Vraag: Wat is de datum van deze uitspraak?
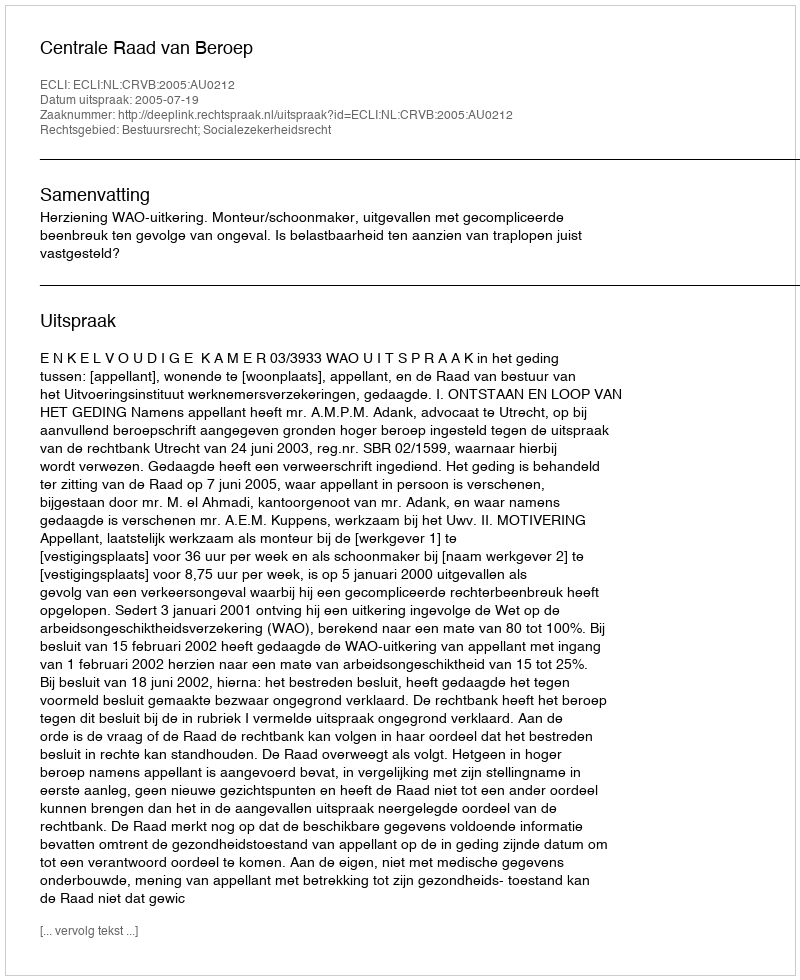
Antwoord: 2005-07-19